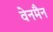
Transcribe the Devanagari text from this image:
वेनमैन